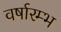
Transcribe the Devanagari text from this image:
वर्षारम्भ